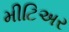
મીટિઅર